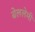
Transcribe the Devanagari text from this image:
बेललेमी